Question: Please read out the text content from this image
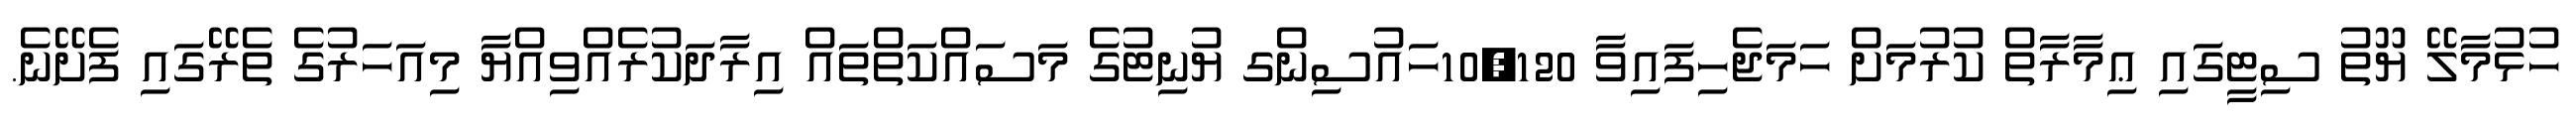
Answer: ހުޅުމާލޭ ޔޫތު ސިޓީގައި ޢިމާރާތް ކުރުމަށް ހަމަޖެހިފައިވާ 10,120ހައުސިންގ ޔުނިޓުގެ މަސައްކަތްތައް އިރާދަކުރެއްވިއްޔާ މިއަހަރުގެ ތެރޭގައި ފެށޭނެ.